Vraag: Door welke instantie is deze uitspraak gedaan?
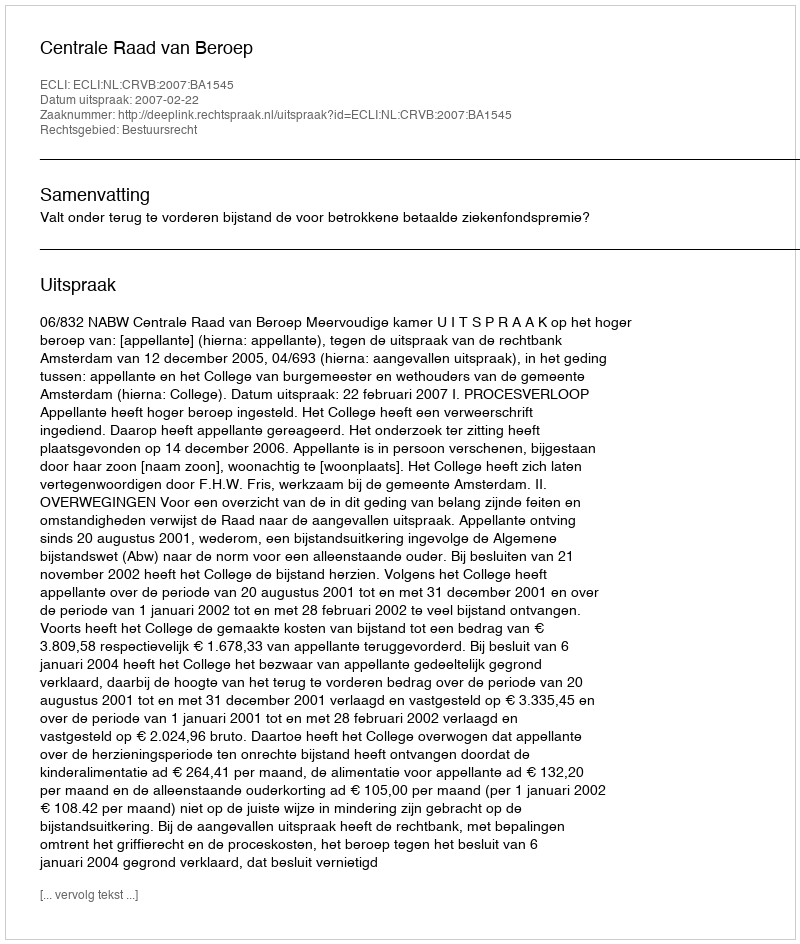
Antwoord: Centrale Raad van Beroep